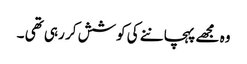
وہ مجھے پہچاننے کی کوشش کر رہی تھی ۔